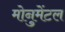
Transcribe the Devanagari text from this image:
मोनुमेंटल